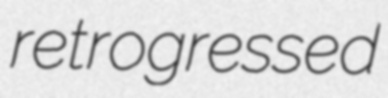
retrogressed